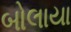
બોલાયા